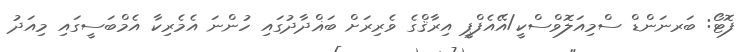
ފޮޓޯ: ބަރނަންޑް ސްމިއަލޮވްސްކީ/އޭއެފްޕީ އިރާޤްގެ ވެރިރަށް ބަޣްދާދުގައި ހުންނަ އެމެރިކާ އެމްބަސީގައި މިއަދު